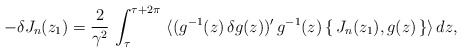
\begin{align*}-\delta J_n(z_1)=\frac{2}{\gamma^2}\,\int_\tau^{\tau +2\pi}\,\, \langle(g^{-1}(z)\,\delta g(z))'\,g^{-1}(z)\,\{\,J_n(z_1), g(z)\,\}\rangle\,dz,\end{align*}